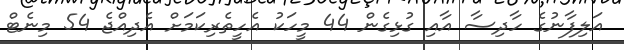
އަލިފާނުގެ ހާދިސާ އާއި ގުޅިގެން 44 މީހަކު އެހީތެރިކަމަށް އެދިއްޖެ 54 މިނެޓް